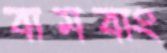
বামবাং